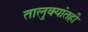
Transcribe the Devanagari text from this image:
तालुक्यांतही